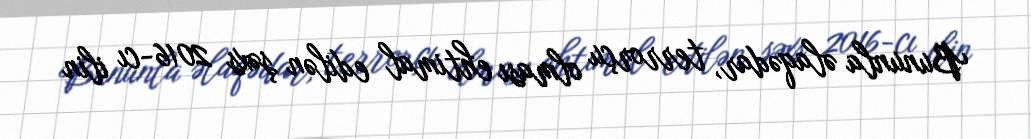
Bununla əlaqədar, terrorçu olması ehtimal edilən şəxs 2016-cı ilin